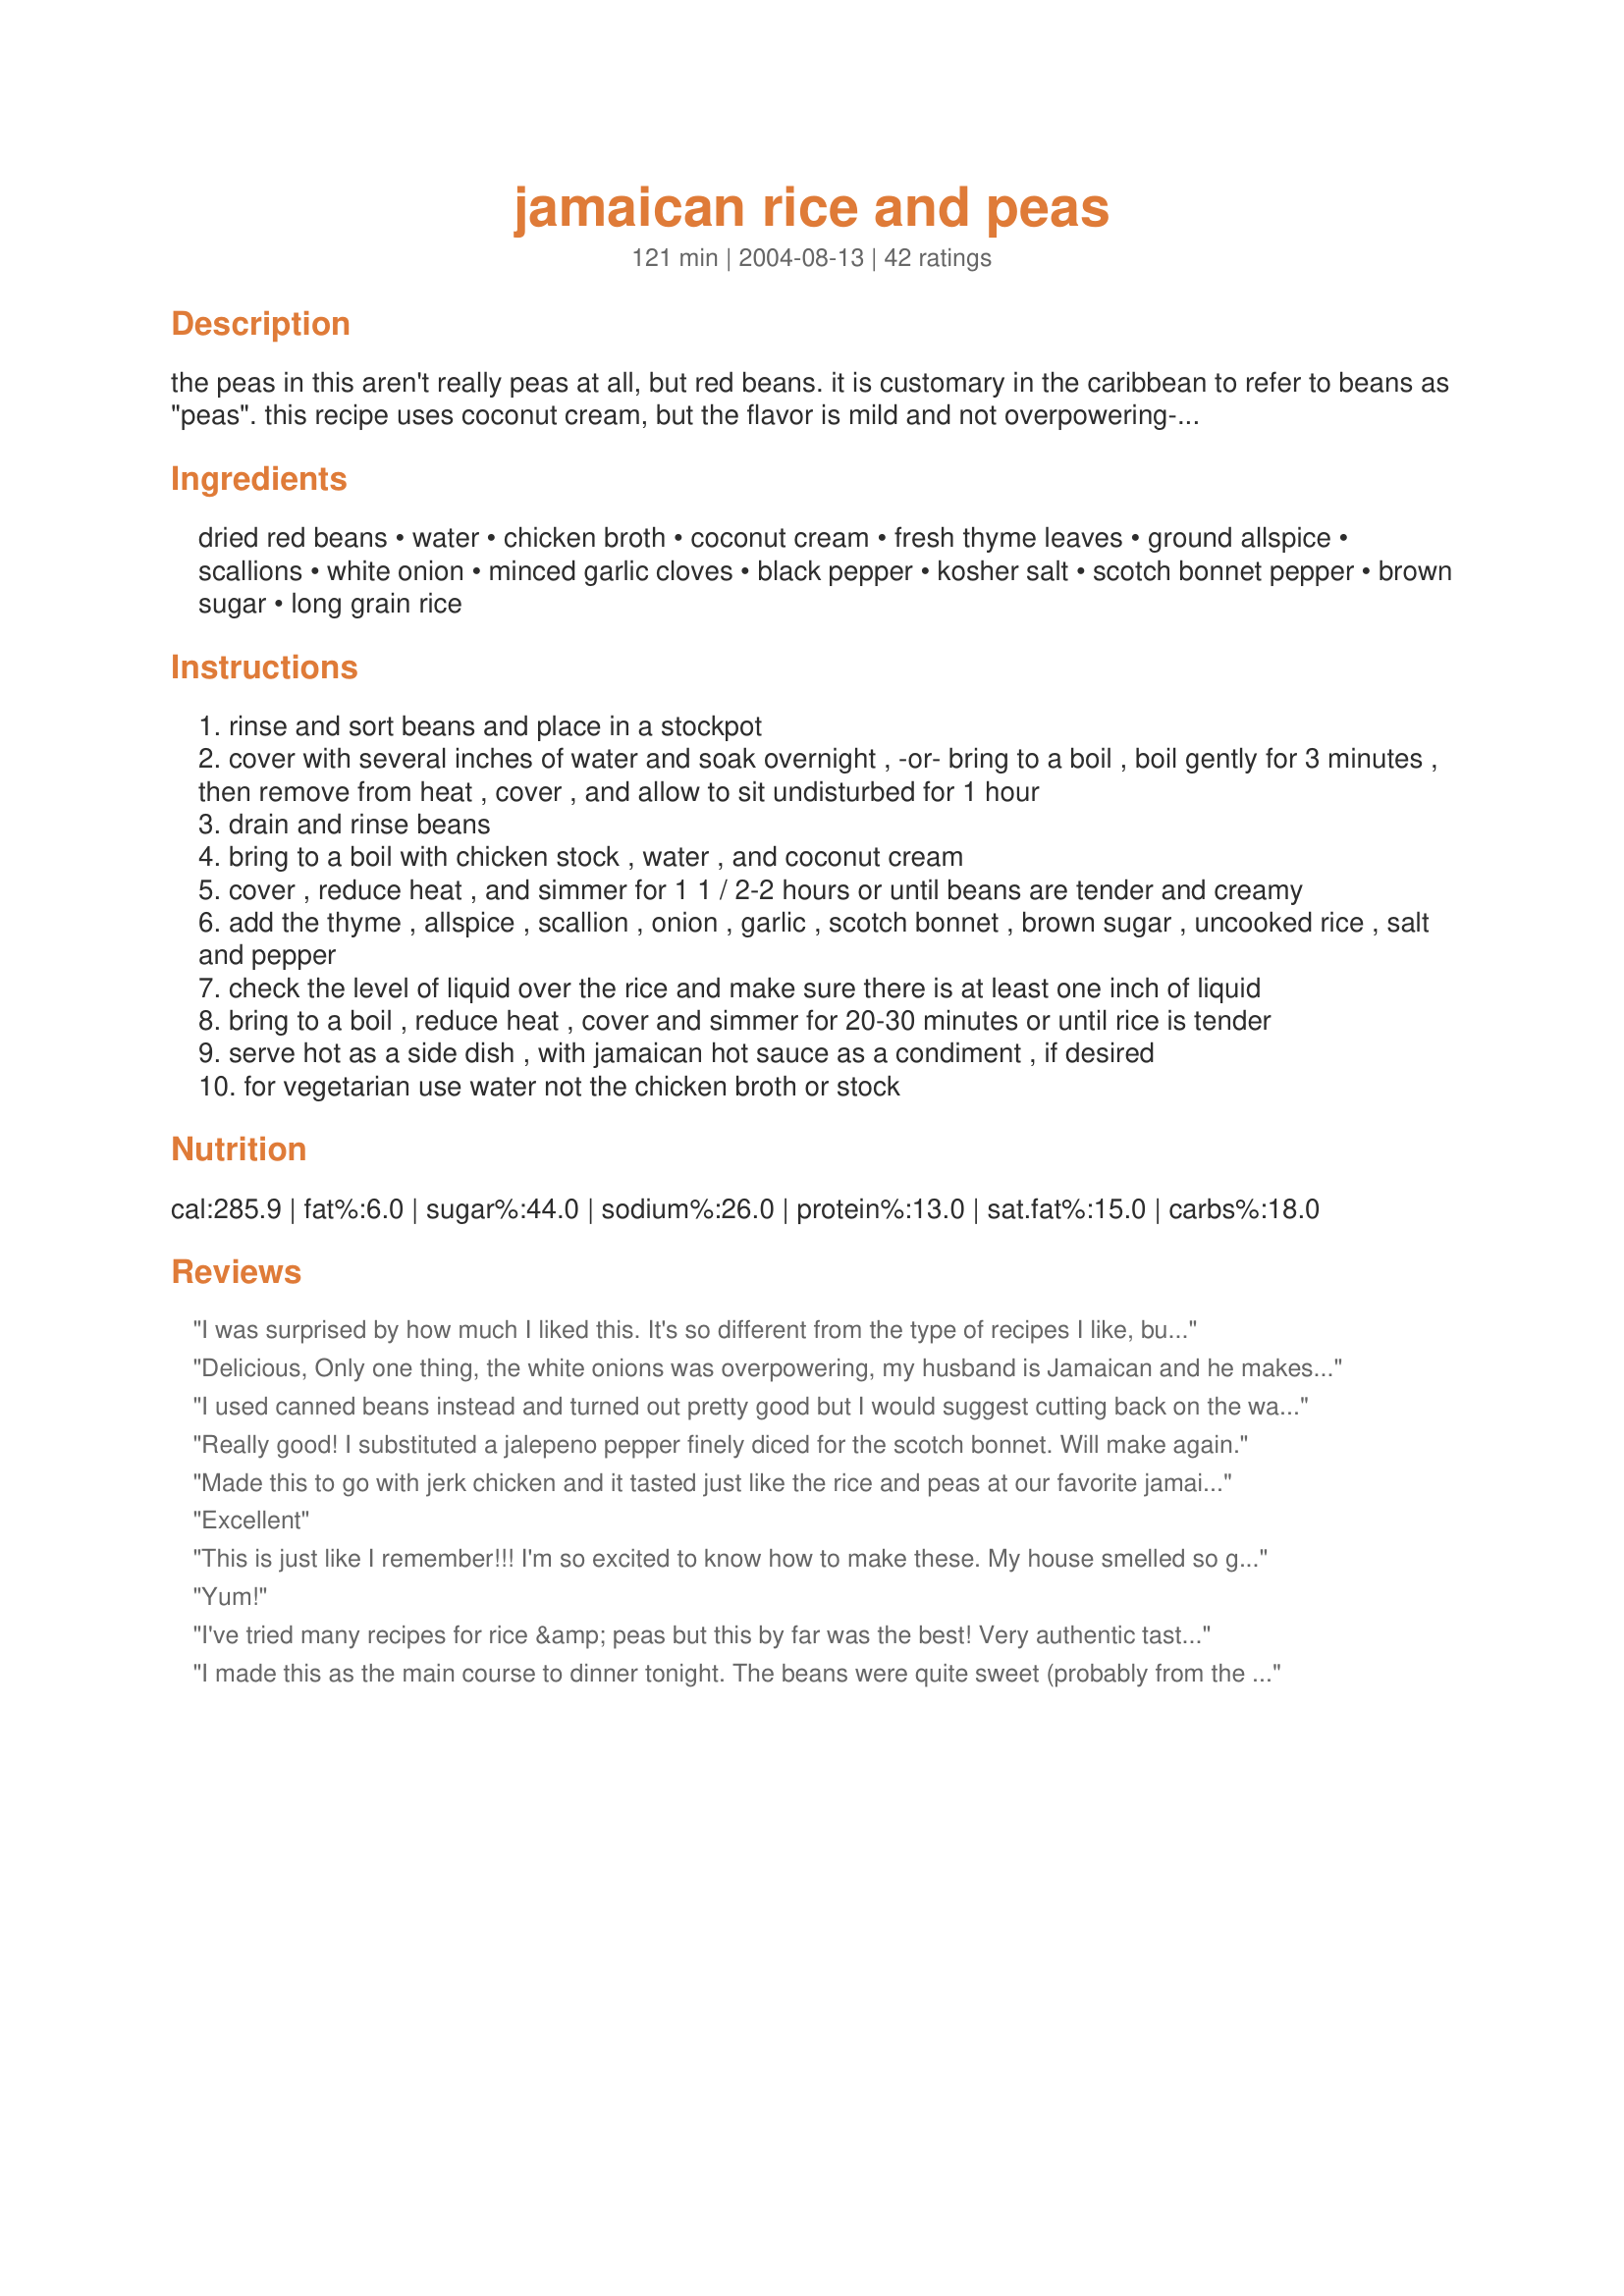
jamaican rice and peas
Preparation time: 121 minutes

the peas in this aren't really peas at all, but red beans. it is customary in the caribbean to refer to beans as "peas". this recipe uses coconut cream, but the flavor is mild and not overpowering--just enough to give a hint of island flavor. the scotch bonnet is not as fiery as you'd think as well, since it is added whole and not cut (to expose the seeds and membranes). if you want it hot, you can cut it open, but the dish has a mild flavor of chile overall. great serving ideas for this recipe would include jerk chicken, calalou, conch chowder, beef patties, or curry. for dessert, i have served this with caribbean lime mousse (recipe posted here).

Ingredients:
dried red beans, water, chicken broth, coconut cream, fresh thyme leaves, ground allspice, scallions, white onion, minced garlic cloves, black pepper, kosher salt, scotch bonnet pepper, brown sugar, long grain rice

Steps:
rinse and sort beans and place in a stockpot
cover with several inches of water and soak overnight , -or- bring to a boil , boil gently for 3 minutes , then remove from heat , cover , and allow to sit undisturbed for 1 hour
drain and rinse beans
bring to a boil with chicken stock , water , and coconut cream
cover , reduce heat , and simmer for 1 1 / 2-2 hours or until beans are tender and creamy
add the thyme , allspice , scallion , onion , garlic , scotch bonnet , brown sugar , uncooked rice , salt and pepper
check the level of liquid over the rice and make sure there is at least one inch of liquid
bring to a boil , reduce heat , cover and simmer for 20-30 minutes or until rice is tender
serve hot as a side dish , with jamaican hot sauce as a condiment , if desired
for vegetarian use water not the chicken broth or stock

Reviews:
I was surprised by how much I liked this. It's so different from the type of recipes I like, but it was really good and a great accompaniment to recipe #87962. This was a fabulous meal! Will make both again. The only change I made was I used 1/2 a jalapeÃ±os pepper because I couldn't find a scotch bonnet.
Delicious, Only one thing, the white onions was overpowering, my husband is Jamaican and he makes this well but I took the recipe and made it for him as a surprise. He also agreed the white onions was overpowering against the scallion and he says he never known Jamaicans to put white onions and scallion in the rice at the same time,that not commom. But thanks for the recipe, now I'm able to cook the Jamaican dishes he likes without bugging him to go make it.
I used canned beans instead and turned out pretty good but I would suggest cutting back on the water or chicken broth if using canned beans. Next time I will use the dry beans just to see the difference. I also washed the rice before cooking, highly recommended so it doesn't stick. I would cut back on the salt next time as the broth provided enough salt flavor.
Really good! I substituted a jalepeno pepper finely diced for the scotch bonnet. Will make again.
Made this to go with jerk chicken and it tasted just like the rice and peas at our favorite jamaican place to eat. I made a few changes because I didn't have all the ingredients. I used a jalapeno pepper, canned kidney beans, brown rice, and coconut milk. It was still yummy even with these substitutions.
Excellent
This is just like I remember!!! I'm so excited to know how to make these. My house smelled so good while making these. I didn't have a scotch bonnet so I cut some slits into a jalapeno and used that, it worked great,just the right amout of heat. I will make this again, whenever I'm in the mood for the islands. So good and easy to make. Thank you for sharing this recipe withus.
Yum!
I've tried many recipes for rice &amp; peas but this by far was the best! Very authentic taste. I did have to use coconut milk instead cream but otherwise followed the recipe. This will definitely be a regular in my household!
I made this as the main course to dinner tonight. The beans were quite sweet (probably from the coconut creme). I didn't think the instruction "Check the level of liquid over the rice and make sure there is at least one inch of liquid" was very precise (depends on pot size) so I just cooked my rice in another pot and stirred it into the beans. I will make this again. Thanks for sharing!
very tasty .... I&#039;m a fan of this dish .... white rice is no longer a Sunday side... thanks for sharing
Authentic and delicious! I served this with Jerk Ribeyes, using this marinade --> Recipe #204926. I took a shortcut though, and used 1 can pigeon peas, so I skipped the first 2 ingredients, then threw the rest of the stuff in the rice cooker.. Came out perfect!
I was craving Jamaican food and googled for a recipe. This turned our wonderfully. I subbed for kidney beans and habaneros. I added a little extra coconut cream fat at the end to make it extra rich and creamy. And some habanero hot hot sauce. Ultimate comfort food.
We love Rice &amp; Peas, its a regular dish at our home. Your version is wonderful, very spicy and tasty. We really enjoyed the addition of allspice, brown sugar and garlic in it. We love scotch bonnet peppers, so I minced a small one and added it to the rice... so good. Thank you so much for sharing your recipe, it was the perfect accompaniment for the Jerk Chicken and Creamy Coleslaw. Made for Name That Ingredient Tag Game.
Love this rice! Very easy to make. I did mine with a Jamaican Brown Stew with Short Ribs. Nice for a cool autumn night. I tweaked it by using jasmine rice.
wow ...finaly i found the rice to go with my jerk ... thanks alot this one going in the book
This came out absolutely beautiful. Served it alongside some sea bass in a lime and ginger sauce and it was absolutely amazing. I only had coconut milk so I bumped it up with some double cream.
I only have 2 in my house, so I quartered the recipe, and there was still lots to spare. But the taste is fabulous! Next time I will stick a pin in my pepper so a little of the spice comes out. This was perfect tonight, I had DS's friends here for dinner, and they wouldn't have liked it too hot. But for me...this would be a main dish with a little more heat! The smell while the beans and coconut milk were simmering made me want to go ahead and start eating! I used basmati rice, and this dish is fabulous! Made for ZWT5. No photos...they all turned out awful! Sorry.
Delicious! Really enjoyed this. I did use 2 cans of pink beans, then threw everything into 1 big pot and simmer until the rice was tender. I will make this recipe again. I've never been able to find a recipe for "rice and beans" that I was fond of, but this is great!
This is so much like the Haitian red beans and rice and a fabulous comfort food.
The peas and rice was good but I think I prefer a recipe that uses coconut milk vs. coconut cream - you can almost taste the fine granules of coconut in the rice and I prefer a smoother texture.
Such a good recipe! I use tinned beans to make it faster. Loved the complex flavour the rice and beans absorbed from the spices and coconut cream. Served with grilled chicken kebabs.
Pretty good! I add some butter and it was oerfect!
Excellent Recipe. Very time consuming, but well worth it. There is only 3 of us, I should have cut the recipe to half, lots of leftovers, but oh well, will use it with something for tonight. Thank you the family loved it. Made by a member of "Cooks With Dirty Faces" For ZWT5
Absolutely fantastic! This was my secong attempt at rice and peas (my first attempt was unedible) and it turned out amazingly delicious. I served with jerk chicken and carribean corn. I had to cut up my habenero for the corn so I threw in about a one inch wide slice of the pepper and it was quite spicy. Just perfect. Thanks for posting, I will definitely be making again!
I am not rating on this recipe until I redo it because the rice turned out very soggy. The flavor was very good but not the texture. Maybe it is because I am so used to cook it with a rice cooker. I also changed a few ingredients since I was missing some. I used yellow onions instead of white, and used 2 pieces of cut jalapeno peppers from a can instead of bonnet pepper. Again, the flavor was amazing, just like authentic Jamaican rice. Here is my advise for people who are afraid it will turn out soggy. I will try it next time: Follow all the steps 1-6 but do not put the rice. Put rice in rice cooker and add the liquid from the pot into the cooker. Put the amount of liquid according to the measurements you are used to.
This recipe makes perfect Jamaican Rice & Peas.
This got a thumbs up from Jamaican and Trinidadian friends. Yum! As with others, had to use coconut milk and an alternate pepper (Serrano, in my case). I was tempted to skip the brown sugar, but DON&#039;T. It added a necessary layer of flavor.
This was wonderful. I used canned beans to save time, and I didn't have a scotch bonnet pepper. Other than that, I made it as written and served it with Jamaican Pork Loin. We all loved it, and I look forward to having leftovers for lunch tomorrow. Thanks!
I made this recipe for island foodies and they were raving!! This is the recipe to with! I did modify the recipe a teeny bit by saut&eacute;ing the scallions, onions, and garlic in coconut oil before adding to the beans with the rice.
Really good! Our turned out a bit more purple than the picture, but they were seasoned just right - no salt or pepper required. The steamed scotch bonnet pepper gave it a lovely aroma with a manageable kick.
Having never eaten Jamaican food before this was definitely a nice place to start. It was very tasty. I used a jalapeno pepper since I couldn't find a scotch bonnet pepper. Worked out fine. Will make again.
Excellent rice dish, lovely with curry goat. good just as snack too nice hot and cold.
I made this On saturday night for DH and friends and other than using coconut milk insted of cream followed instuctions to the letter and all we can say is YUM!!!!..oh and Thank you. LOL
AMAZING!! I regularly make this now, especially when I want to impress someone. SO yummy!!
This was the first time I've made rice and peas. I had it before numerous times and ...i guess this tastes more rich than what i had in the cafeteria ;-) Anyway it turned out tasting really really good. I paired it with the Jamaican tenderloin roast (look it up on zaar). I used 1 can of kidney beans instead of dried, bought one bag of parboiled rice and coconut milk instead of cream, but otherwise followed the recipe exactly. Can't wait till I make it again :)
This recipe was wonderful. I used a whole habanero, can't get scotch bonnet. it was spicy but not too spicy. otherwise made as is. made again next day without and the flavor was just as good, just milder. Got rave reviews from my guests on Saturday. made to go with jerk chicken. this is a keeper!
vanessa
gorgeous!!
my mouth is watering just lookin at the picture!!!
My ex-father-in-law is a meat and potatoes kinda guy. When they dropped by for an unexpected visit, this was already cooking, along with jerk chicken. He devoured this rice! I think he had 4 or 5 helpings, and that's saying a lot for a man who claims he doesn't like rice! Thanks for a really GOOD recipe - from me and him! :)
Very hearty and slightly sweet; I substituted brown for white for a healthy twist!
Thanks for a great recipe! I used coconut milk instead of cream because I couldn't find any in the store. I didn't put in a pepper but added a pinch of cayenne pepper. The recipe had an authentic taste and tasted like many of the Jamaican restaurants I have visited. This is definitely a keeper!
This was really good. I didn't add the scotch bonnet, but it came out fine anyway. I used a whole can of coconut milk (as used to make curry), and just reduced the quantity of broth.
